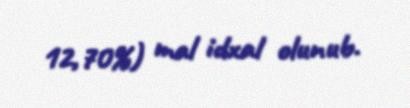
12,70%) mal idxal olunub.